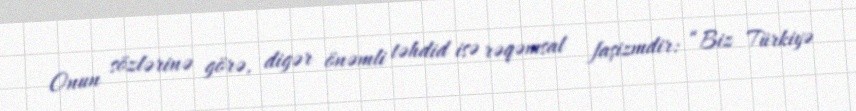
Onun sözlərinə görə, digər önəmli təhdid isə rəqəmsal faşizmdir: “Biz Türkiyə